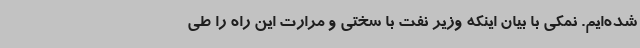
شده‌ایم. نمکی با بیان اینکه وزیر نفت با سختی و مرارت این راه را طی